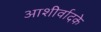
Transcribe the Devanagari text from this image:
आशीर्वादके